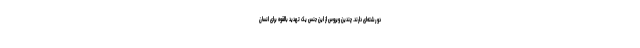
دو رشته‌ای دارند. چندین ویروس از این جنس یک تهدید بالقوه برای انسان